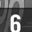
Digit: 6